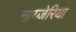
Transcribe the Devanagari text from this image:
नाय्जेरिया